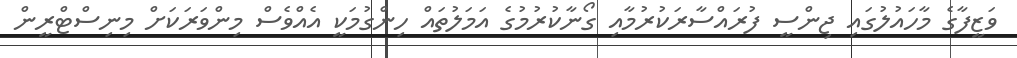
ވަޒީފާގެ މާހައުލުގައި ޖިންސީ ފުރައްސާރަކުރުމާއި ގޯނާކުރުމުގެ އަމަލުތައް ހިންގުމަކީ އެއްވެސް މިންވަރަކަށް މިނިސްޓްރީން